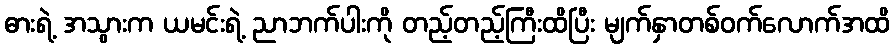
ဓားရဲ့ အသွားက ယမင်းရဲ့ ညာဘက်ပါးကို တည့်တည့်ကြီးထိပြီး မျက်နှာတစ်ဝက်လောက်အထိ